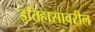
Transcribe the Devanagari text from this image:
इतिहासावरील